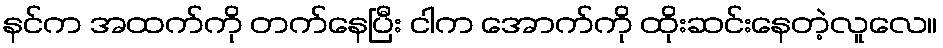
နင်က အထက်ကို တက်နေပြီး ငါက အောက်ကို ထိုးဆင်းနေတဲ့လူလေ။